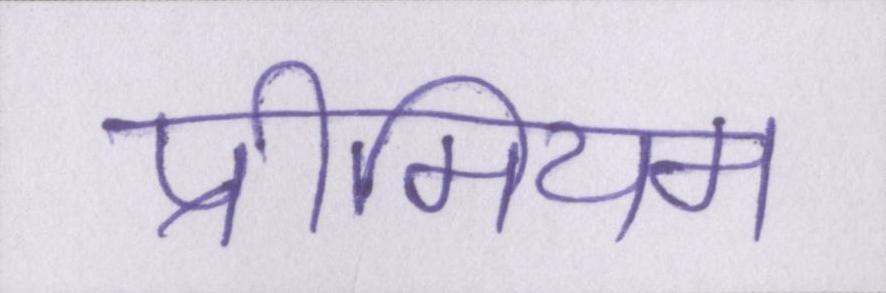
प्रीमियम